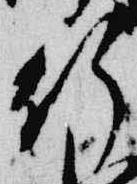
行